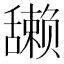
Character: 𫇘